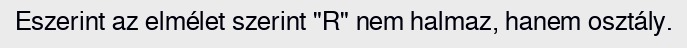
Eszerint az elmélet szerint "R" nem halmaz, hanem osztály.